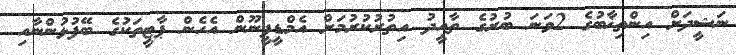
ނަޝީދަށް އިންތިޚާބުގެ 2ވަނަ ބުރުގެ ތާއީދު އިތުރުކުރުމަށް އެމްޑީޕީނޫން އެހެން ޕާޓީތަކުގެ ބޭފުޅުންނާއި